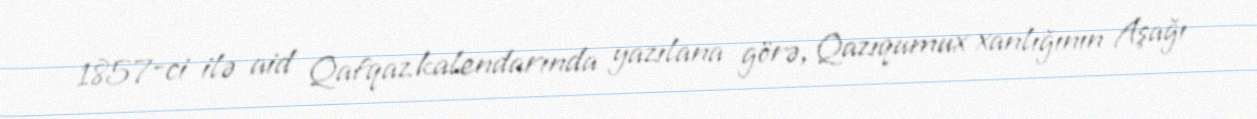
1857-ci ilə aid Qafqaz kalendarında yazılana görə, Qazıqumux xanlığının Aşağı